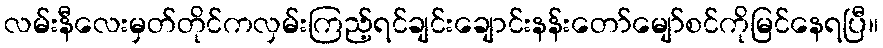
လမ်းနီလေးမှတ်တိုင်ကလှမ်းကြည့်ရင်ချင်းချောင်းနန်းတော်မျော်စင်ကိုမြင်နေရပြီ။